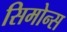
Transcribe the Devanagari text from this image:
सिमोन्स